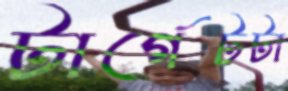
টার্গেটটা